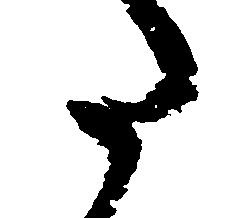
た